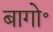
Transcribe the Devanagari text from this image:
बागो॰